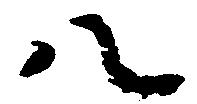
八